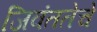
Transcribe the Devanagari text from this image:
जिवंततेचे